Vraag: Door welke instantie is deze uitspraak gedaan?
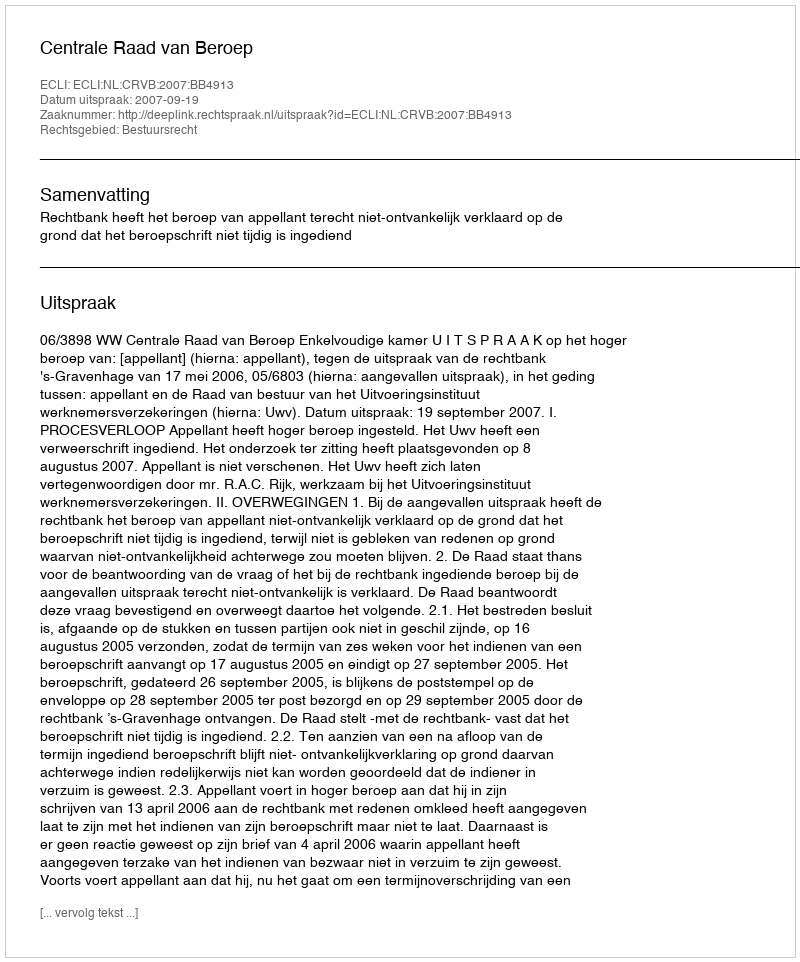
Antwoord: Centrale Raad van Beroep